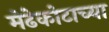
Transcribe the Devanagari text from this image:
मेढेकोटाच्या